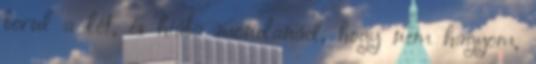
borul a lét, és hiába mondanád, hogy nem hagyom,